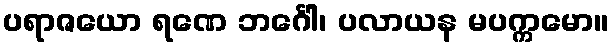
ပရာဇယော ရဏေ ဘင်္ဂေါ၊ ပလာယန မပက္ကမော။